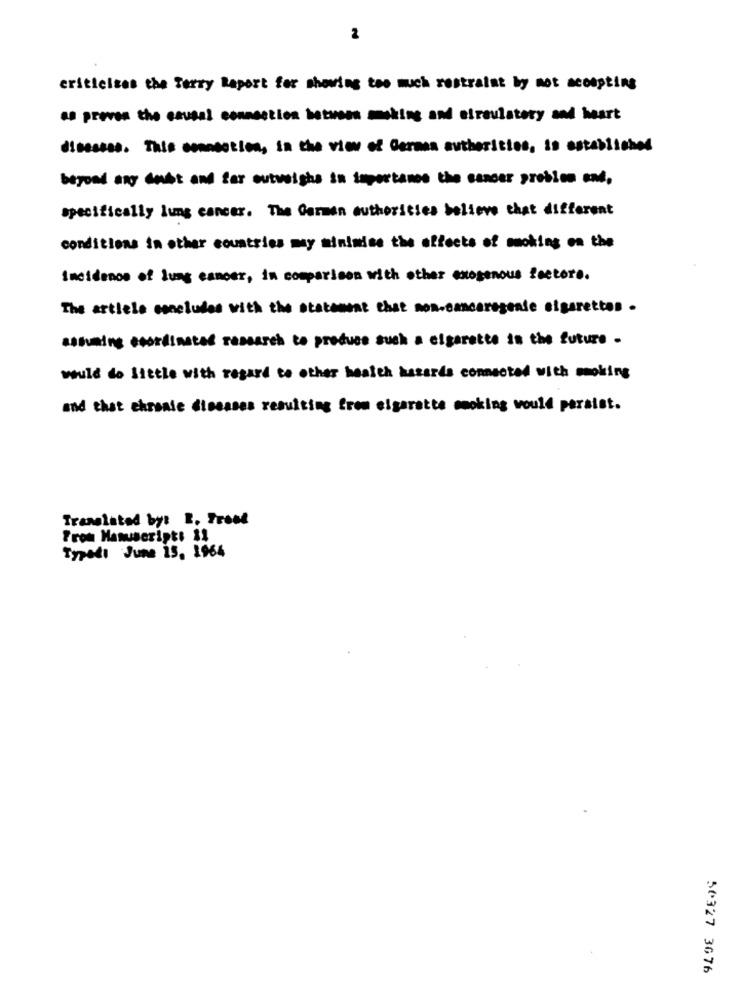
2
criticises the Terry Raport for showing too much restraint by mot acompting
as preves the causal connection between making and eiraulstery and heart
diseases. This connection, in the view of German authorities, is established
beyond any debt and far outweighs in importance the cancer prebien and.
specifically lung cancer. The German authorities believe that different
conditions in other countries muy minimise the effects of moking on the
Incidenos of lung cancer, in comparison with other exogenous feetere.
The article concludes with the statement chat non-cancerogenie cigarettes .
assuming coordinated research to produce such a cigarette in the future -
would do little with regard to other health hasards connected with moking
and that ekranie diseases resulting from elgaratte smoking would persist.
Translated by: I. From
From Manuscript: 31
Typedı June 15, 1964
50327 3076